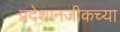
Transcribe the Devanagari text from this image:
प्रदेशानजीकच्या